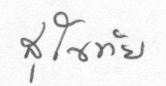
สุโขทัย